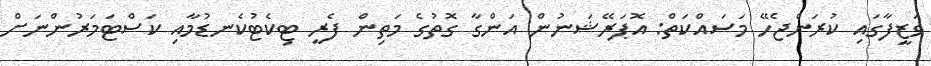
ވަޒީފާގައި ކުރަންޖެހޭ މަސައްކަތް: އޮޕަރޭޝަނުން އަންގާ ގޮތުގެ މަތިން ފެރީ ޓިކެޓުކެނޑުމާއި ކަސްޓަމަރުންނަށް